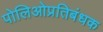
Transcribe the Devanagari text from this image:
पोलिओप्रतिबंधक